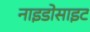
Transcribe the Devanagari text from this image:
नाइडोसाइट